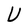
Character: U